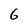
Character: 6